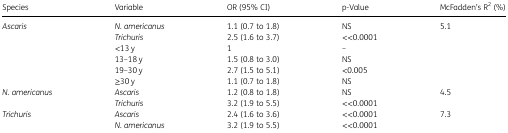
| Species | Variable | OR (95% CI) | p-Value | McFadden’s R2 (%) |
 | --- | --- | --- | --- | --- |
 | <ROWSPAN=6> Ascaris | N. americanus | 1.1 (0.7 to 1.8) | NS | 5.1 |
 | Trichuris | 2.5 (1.6 to 3.7) | <<0.0001 |  |
 | <13 y | 1 | – |  |
 | 13–18 y | 1.5 (0.8 to 3.0) | NS |  |
 | 19–30 y | 2.7 (1.5 to 5.1) | <0.005 |  |
 | ≥30 y | 1.1 (0.7 to 1.8) | NS |  |
 | <ROWSPAN=2> N. americanus | Ascaris | 1.2 (0.8 to 1.8) | NS | 4.5 |
 | Trichuris | 3.2 (1.9 to 5.5) | <<0.0001 |  |
 | <ROWSPAN=2> Trichuris | Ascaris | 2.4 (1.6 to 3.6) | <<0.0001 | 7.3 |
 | N. americanus | 3.2 (1.9 to 5.5) | <<0.0001 |  |